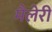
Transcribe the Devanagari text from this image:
मैलेरी